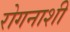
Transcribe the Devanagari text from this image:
रोगनाशी